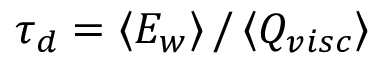
\tau _ { d } = \left< E _ { w } \right> / \left< Q _ { v i s c } \right>